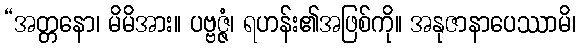
“အတ္တနော၊ မိမိအား။ ပဗ္ဗဇ္ဇံ၊ ရဟန်း၏အဖြစ်ကို။ အနုဇာနာပေဿာမိ၊